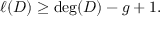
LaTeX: \ell ( D ) \geq \deg ( D ) - g + 1 .